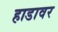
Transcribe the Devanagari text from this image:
हाडावर